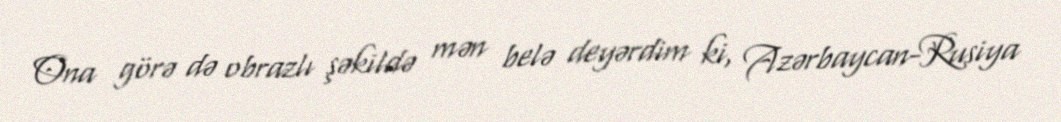
Ona görə də obrazlı şəkildə mən belə deyərdim ki, Azərbaycan-Rusiya